Juri_Uluots, lk 56
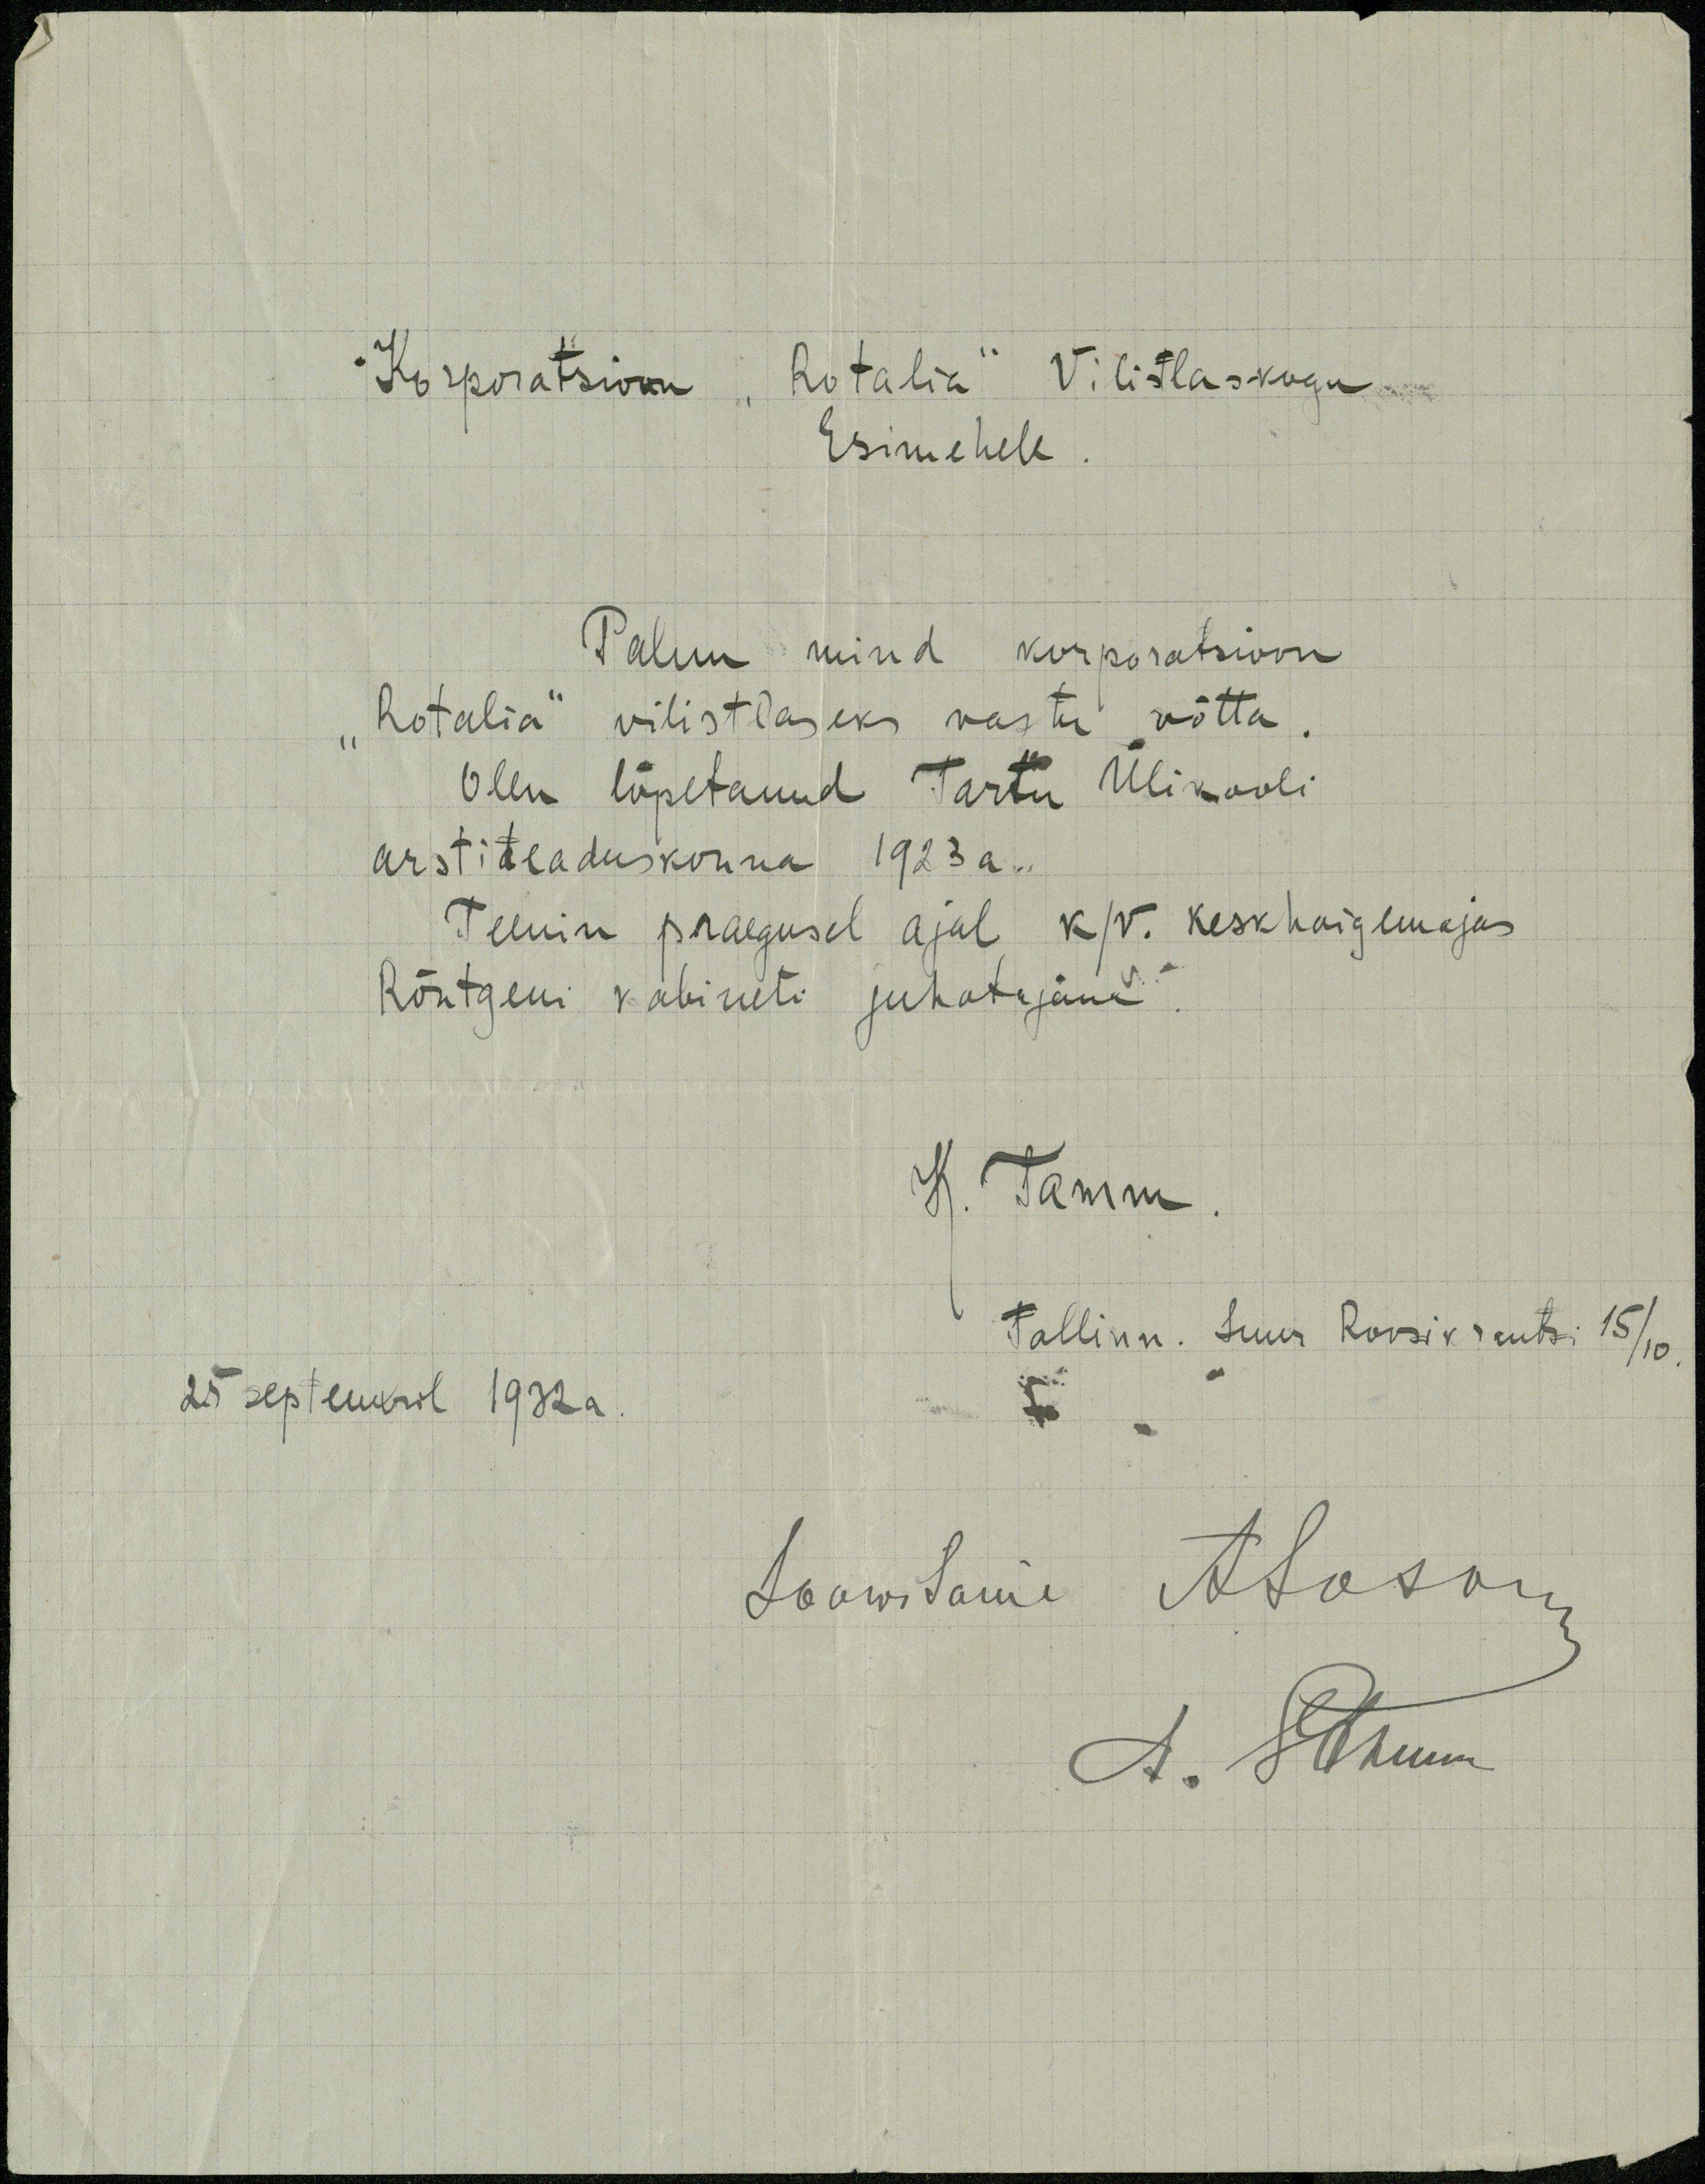
Korporatsioon "Rotalia" Vilistlaskogu
Esimehele
Palun mind korporatsioon
"Rotalia" vilistlaseks vastu võtta.
Olen lõpetanud Tartu Ülikooli
arstiteaduskonna 1923 a.
Teenin praegusel ajal k/v. keskhaigemajas
Röntgeni kabineti juhatajana
K. Tamm
Tallinn. Suur Roosikrantsi 15/10
25 septembril 1932a.
Soowitame Aloson
S. Tamm